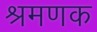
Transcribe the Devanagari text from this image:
श्रमणक